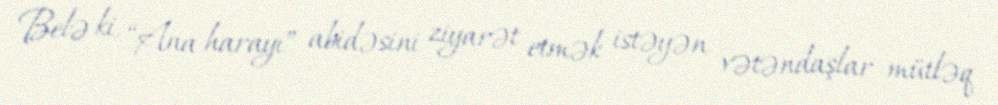
Belə ki, “Ana harayı” abidəsini ziyarət etmək istəyən vətəndaşlar mütləq